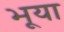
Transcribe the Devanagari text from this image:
भूया